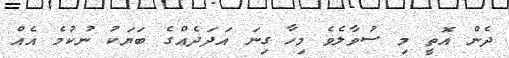
ދެން އޮތީ މި ސުވާލެވެ މިހާ ގިނަ އަދަދެއްގެ ބަޔަކު ނުކުމެ އެއް